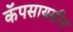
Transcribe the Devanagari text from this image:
कॅपसायसीन